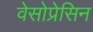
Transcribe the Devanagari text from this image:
वेसोप्रेसिन